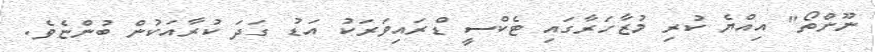
ނޫންތޯ" އިއްޔެ ކުރި މުޒާހަރާގައި ޓެކްސީ ޑްރައިވަރަކު އަޑުު ގަދަ ކުރާއަކުން ބުންޏެވެ.